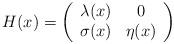
\begin{align*}H(x)=\left( \begin{array}{cc} \lambda(x) & 0 \\ \sigma(x) & \eta(x) \\ \end{array} \right)\end{align*}